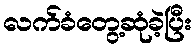
လက်ခံတွေ့ဆုံခဲ့ပြီး